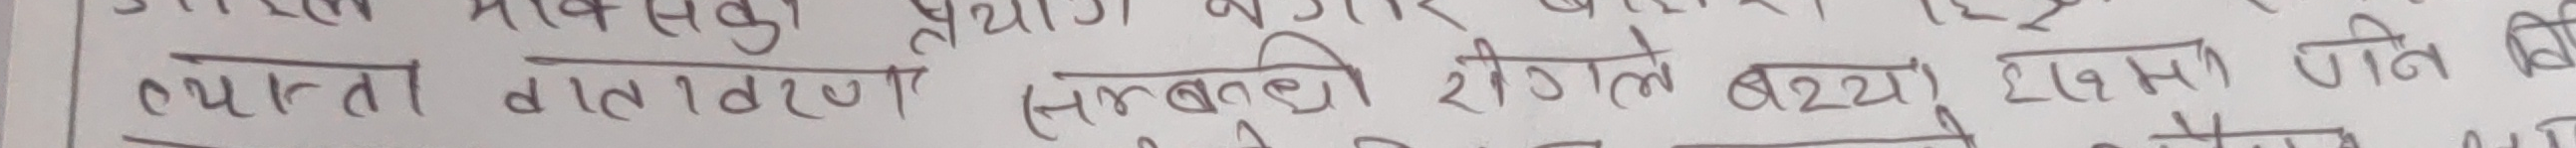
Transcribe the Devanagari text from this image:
प्रस्तता वातावण (समन्बरी रीगले ब्याप्त) हामा जनि वि